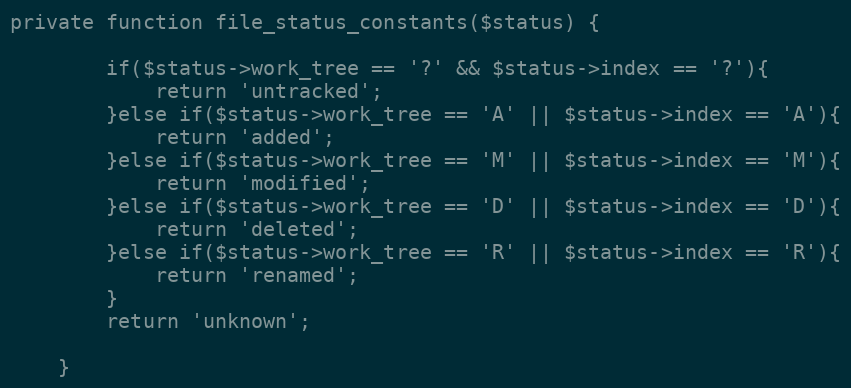
Language: PHP
private function file_status_constants($status) {

		if($status->work_tree == '?' && $status->index == '?'){
			return 'untracked';
		}else if($status->work_tree == 'A' || $status->index == 'A'){
			return 'added';
		}else if($status->work_tree == 'M' || $status->index == 'M'){
			return 'modified';
		}else if($status->work_tree == 'D' || $status->index == 'D'){
			return 'deleted';
		}else if($status->work_tree == 'R' || $status->index == 'R'){
			return 'renamed';
		}
		return 'unknown';

	}